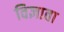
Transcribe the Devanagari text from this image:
विज्ञाता